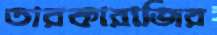
তারকারাজির